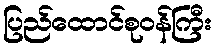
ပြည်ထောင်စုဝန်ကြီး